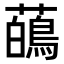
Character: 𬟑